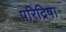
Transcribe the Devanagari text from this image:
परिद्रिषा